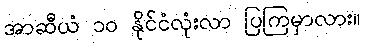
အာဆီယံ ၁၀ နိုင်ငံလုံးလာ ပြကြမှာလား။